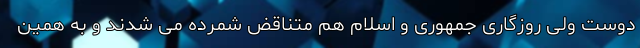
دوست ولی روزگاری جمهوری و اسلام هم متناقض شمرده می شدند و به همین